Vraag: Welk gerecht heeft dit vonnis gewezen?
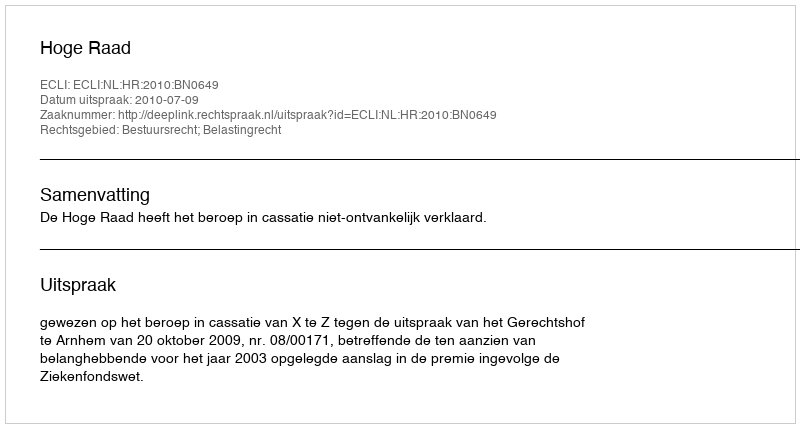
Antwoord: Hoge Raad